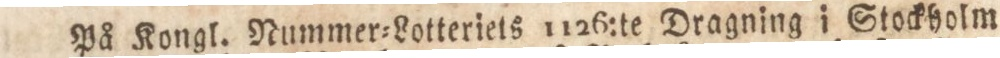
På Kongl. Nummer=Lotteriets 1126:te Dragning i Stockholm